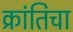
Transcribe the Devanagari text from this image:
क्रांतिचा